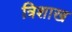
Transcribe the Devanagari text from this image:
त्रिशाख